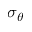
\sigma _ { \theta }